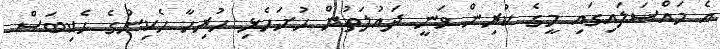
އެ މައްސަލައިގައި މީގެ ކުރިން ވަނީ ދައުލަތުން ހުށަހެޅި ހުރިހާ ހެކިންގެ ހެކިބަސް